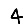
Digit: 4